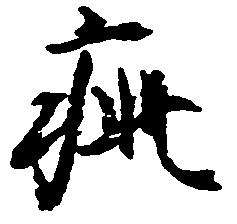
疵